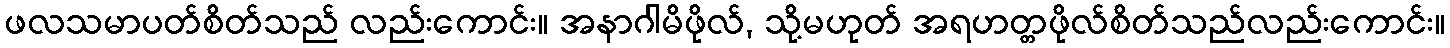
ဖလသမာပတ်စိတ်သည် လည်းကောင်း။ အနာဂါမိဖိုလ်, သို့မဟုတ် အရဟတ္တဖိုလ်စိတ်သည်လည်းကောင်း။